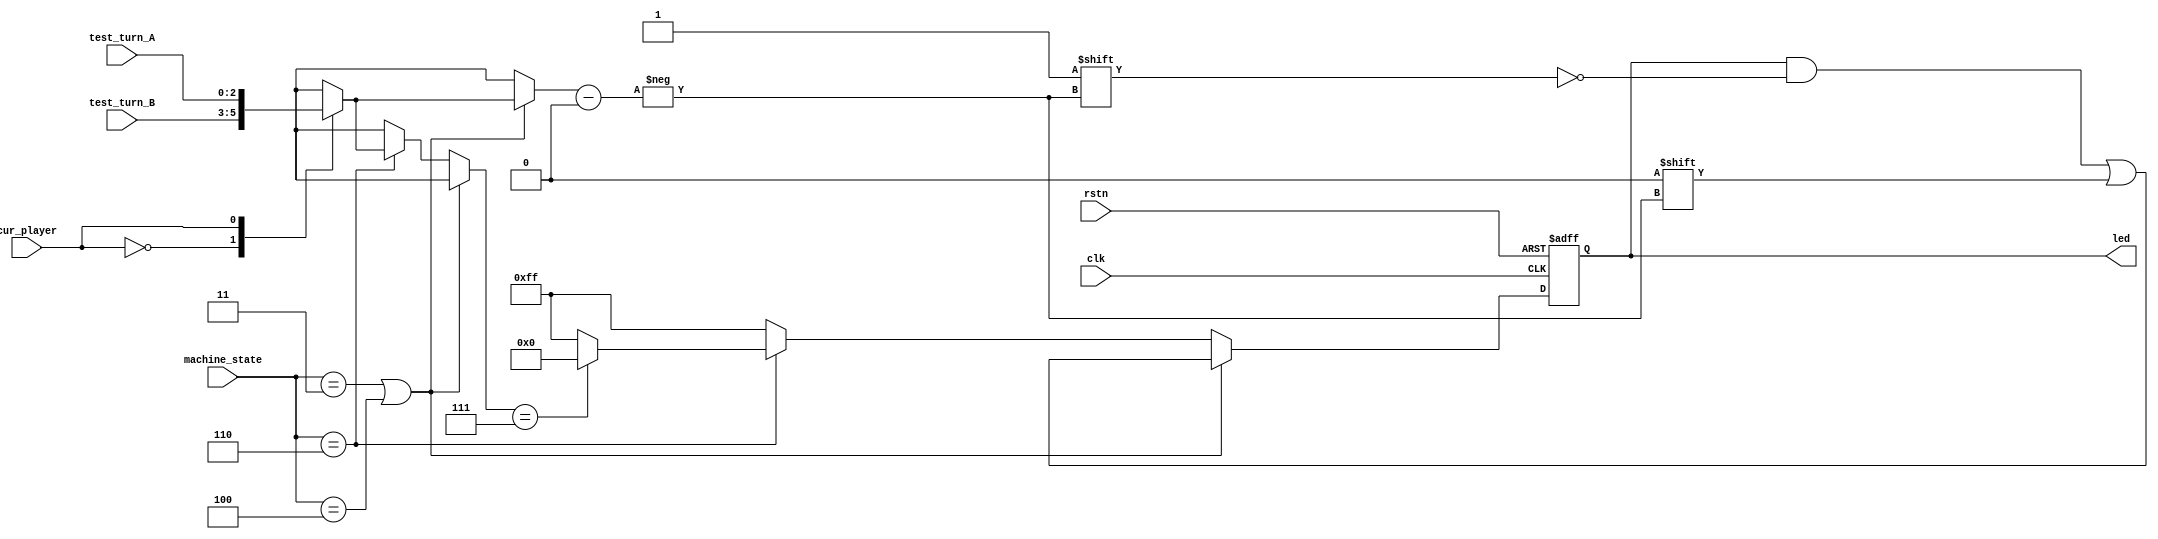
module LED (
    input  wire       clk, rstn,
    input  wire       cur_player,
    input  wire [2:0] machine_state,
    input  wire [2:0] test_turn_A, test_turn_B,
    output reg  [7:0] led 
);
    // 
    parameter START    = 3'd3;
    parameter STORAGE  = 3'd4;
    parameter AVERAGE  = 3'd6;
    parameter PLAYER_A = 1'b1;
    parameter PLAYER_B = 1'b0;

    wire [2:0] test_turn [1:0];
    assign test_turn[PLAYER_A] = test_turn_A;
    assign test_turn[PLAYER_B] = test_turn_B;

    parameter ON  = 1'b0;
    parameter OFF = 1'b1;
    always @(posedge clk or negedge rstn) begin
        if (!rstn)
            led <= {8{OFF}};
        else if (machine_state == START || machine_state == STORAGE)
            led[test_turn[cur_player]] <= ON;
        else if (machine_state == AVERAGE)
            led <= (test_turn[cur_player] == 3'd7) ? {8{ON}} : {8{OFF}};
        else
            led <= {8{OFF}};
    end

endmodule //LED